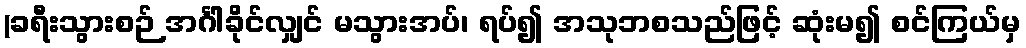
(ခရီးသွားစဉ် အင်္ဂါခိုင်လျှင် မသွားအပ်၊ ရပ်၍ အသုဘစသည်ဖြင့် ဆုံးမ၍ စင်ကြယ်မှ